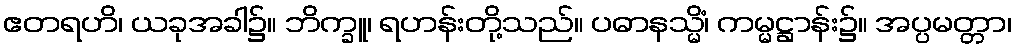
ဧတရဟိ၊ ယခုအခါ၌။ ဘိက္ခူ၊ ရဟန်းတို့သည်။ ပဓာနသ္မိံ၊ ကမ္မဋ္ဌာန်း၌။ အပ္ပမတ္တာ၊